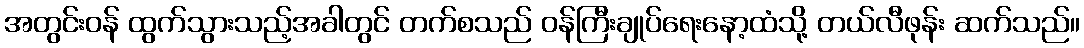
အတွင်းဝန် ထွက်သွားသည့်အခါတွင် တက်စသည် ဝန်ကြီးချုပ်ရေးနော့ထံသို့ တယ်လီဖုန်း ဆက်သည်။